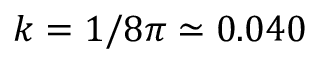
k = 1 / 8 \pi \simeq 0 . 0 4 0